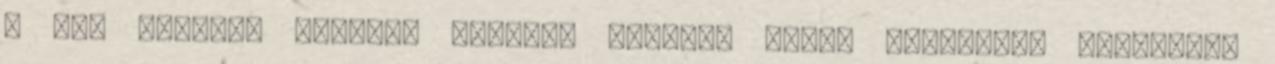
A két színész viharos tempójú párbaja után, dermesztő kontraszt